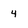
Character: 4